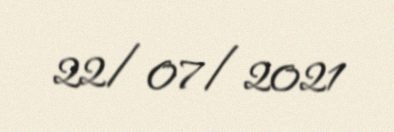
22/07/2021